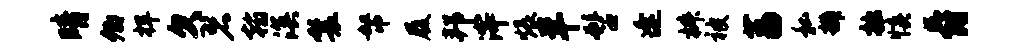
晴卿捍欠碧翰溟鬟帑履邦滓煨羊髫逢椒被荔私辨拙慎爵